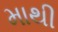
માથી